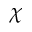
\chi